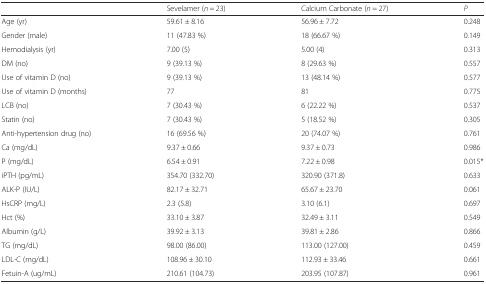
|  | Sevelamer (n = 23) | Calcium Carbonate (n = 27) | P |
 | --- | --- | --- | --- |
 | Age (yr) | 59.61 ± 8.16 | 56.96 ± 7.72 | 0.248 |
 | Gender (male) | 11 (47.83 %) | 18 (66.67 %) | 0.149 |
 | Hemodialysis (yr) | 7.00 (5) | 5.00 (4) | 0.313 |
 | DM (no) | 9 (39.13 %) | 8 (29.63 %) | 0.557 |
 | Use of vitamin D (no) | 9 (39.13 %) | 13 (48.14 %) | 0.577 |
 | Use of vitamin D (months) | 77 | 81 | 0.775 |
 | LCB (no) | 7 (30.43 %) | 6 (22.22 %) | 0.537 |
 | Statin (no) | 7 (30.43 %) | 5 (18.52 %) | 0.305 |
 | Anti-hypertension drug (no) | 16 (69.56 %) | 20 (74.07 %) | 0.761 |
 | Ca (mg/dL) | 9.37 ± 0.66 | 9.37 ± 0.73 | 0.986 |
 | P (mg/dL) | 6.54 ± 0.91 | 7.22 ± 0.98 | 0.015* |
 | iPTH (pg/mL) | 354.70 (332.70) | 320.90 (371.8) | 0.633 |
 | ALK-P (IU/L) | 82.17 ± 32.71 | 65.67 ± 23.70 | 0.061 |
 | HsCRP (mg/L) | 2.3 (5.8) | 3.10 (6.1) | 0.697 |
 | Hct (%) | 33.10 ± 3.87 | 32.49 ± 3.11 | 0.549 |
 | Albumin (g/L) | 39.92 ± 3.13 | 39.81 ± 2.86 | 0.866 |
 | TG (mg/dL) | 98.00 (86.00) | 113.00 (127.00) | 0.459 |
 | LDL-C (mg/dL) | 108.96 ± 30.10 | 112.93 ± 33.46 | 0.661 |
 | Fetuin-A (ug/mL) | 210.61 (104.73) | 203.95 (107.87) | 0.961 |